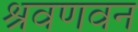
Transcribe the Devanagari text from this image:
श्रवणवन